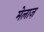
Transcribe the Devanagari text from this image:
मेलाज़